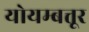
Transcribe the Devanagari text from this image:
योयम्बत्तूर